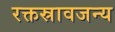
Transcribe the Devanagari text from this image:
रक्तस्रावजन्य